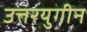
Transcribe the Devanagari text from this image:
उत्तरयुगीन